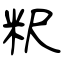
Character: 粎